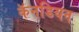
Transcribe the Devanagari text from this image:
कॅनडियन